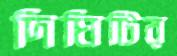
দিঘিটির